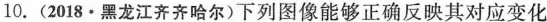
10.(2018·黑龙江齐齐哈尔)下列图像能够正确反映其对应变化